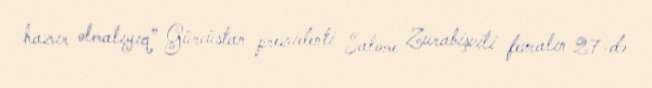
hazır olmalıyıq” Gürcüstan prezidenti Salome Zurabişvili fevralın 27-də